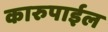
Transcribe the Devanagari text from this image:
कारुपाईल